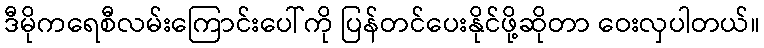
ဒီမိုကရေစီလမ်းကြောင်းပေါ်ကို ပြန်တင်ပေးနိုင်ဖို့ဆိုတာ ဝေးလှပါတယ်။